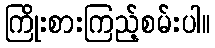
ကြိုးစားကြည့်စမ်းပါ။